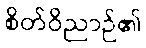
စိတ်ဝိညာဉ်၏